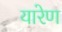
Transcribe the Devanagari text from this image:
यारेण